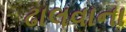
ઢાલવાના